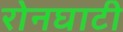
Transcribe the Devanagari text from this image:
रोनघाटी